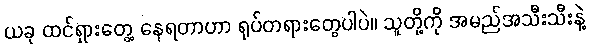
ယခု ထင်ရှားတွေ့ နေရတာဟာ ရုပ်တရားတွေပါပဲ။ သူတို့ကို အမည်အသီးသီးနဲ့